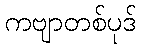
ကဗျာတစ်ပုဒ်